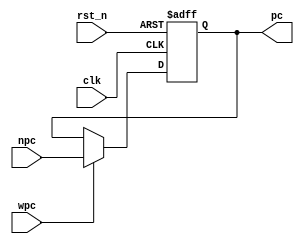
`timescale 1ns / 1ps
//////////////////////////////////////////////////////////////////////////////////
// Company: 
// Engineer: 
// 
// Design Name: 
// Module Name:    pc 
// Project Name: 
// Target Devices: 
// Tool versions: 
// Description: 
//
// Dependencies: 
//
// Revision: 
// Revision 0.01 - File Created
// Additional Comments: 
//
//////////////////////////////////////////////////////////////////////////////////
module pc(
	input [31:0]npc,
	input wpc, clk, rst_n,
	output reg [31:0]pc
);

always @ (posedge clk or negedge rst_n)
begin
	if(~rst_n)
	begin
		pc <= 32'b0;
	end
	else
	begin
		if(wpc) pc <= npc;
		else	pc <= pc;
	end
end

endmodule